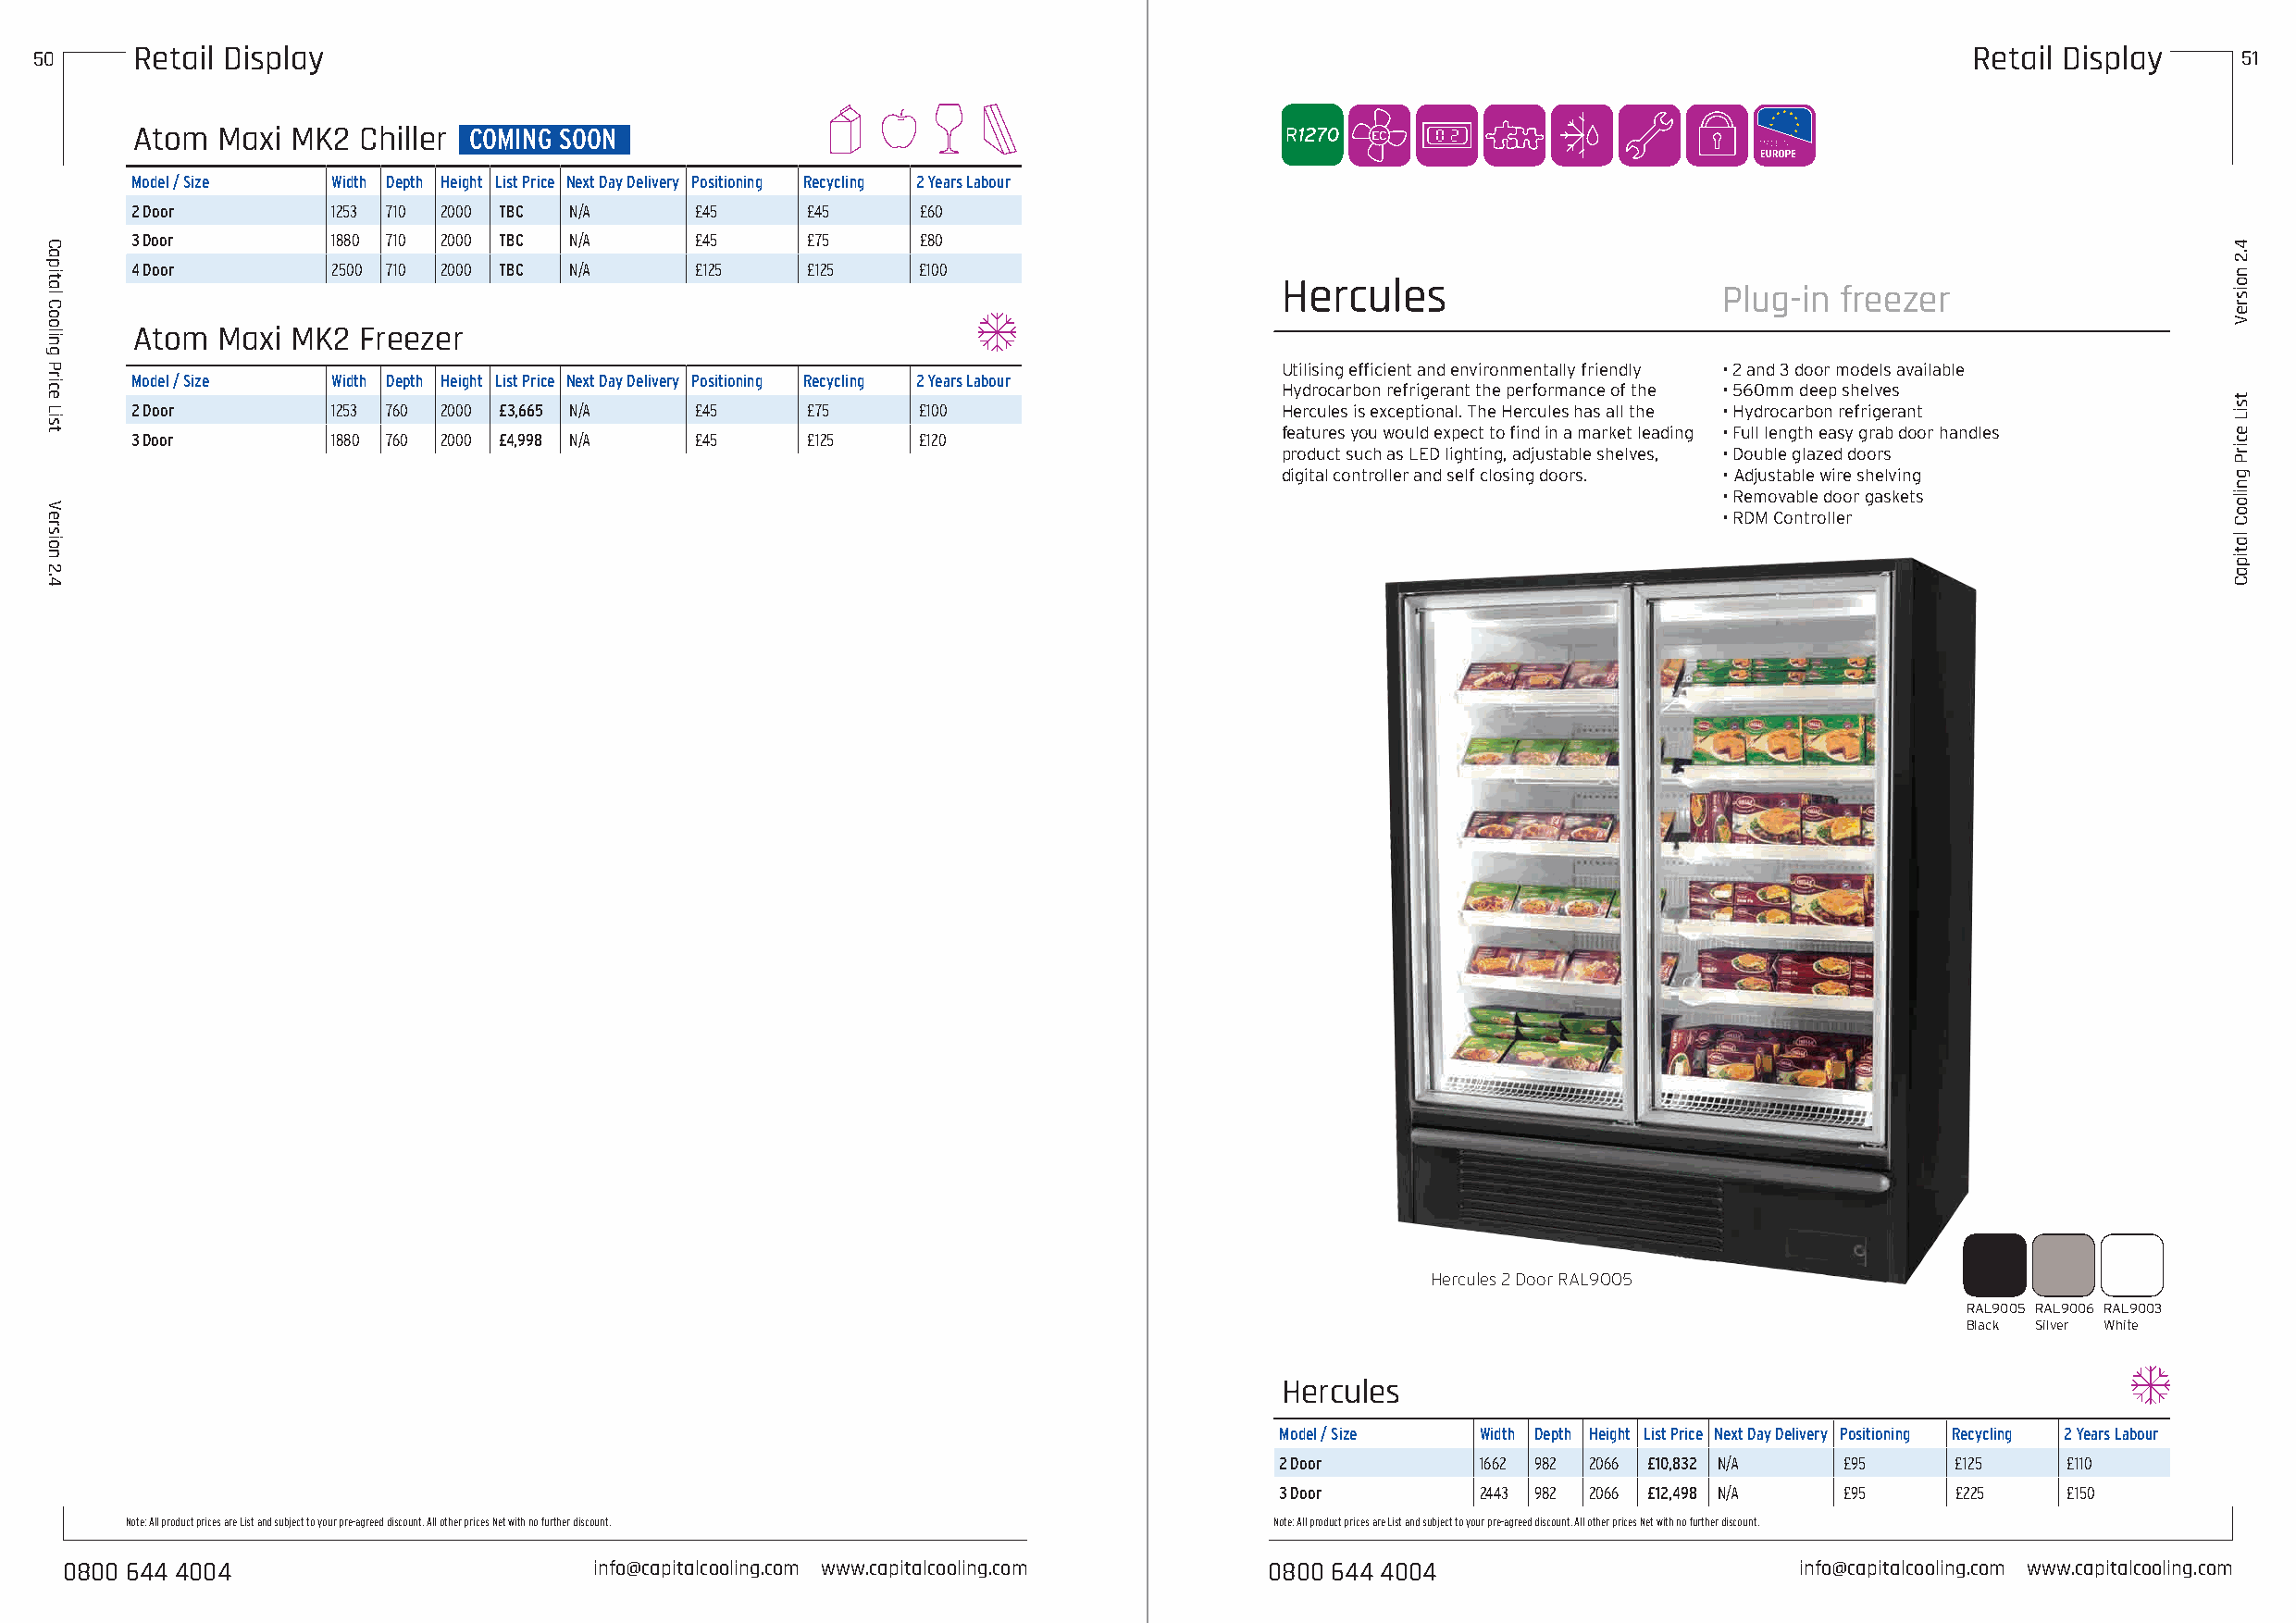
50      Retail Display                                                                                                                     Retail Display     51
 Atom  Maxi MK2  Chiller COMING SOON
 Model / Size   Width Depth Height List Price Next Day Delivery Positioning Recycling 2 Years Labour
 2 Door         1253 710 2000 TBC N/A     £45     £45     £60
 3 Door         1880 710 2000 TBC N/A     £45     £75     £80
 4 Door         2500 710 2000 TBC N/A     £125    £125    £100
 Hercules
 Plug-in  freezer
 Atom  Maxi MK2  Freezer
 Utilising efficient and environmentally friendly • 2 and 3 door models available
 Model / Size   Width Depth Height List Price Next Day Delivery Positioning Recycling 2 Years Labour
 Hydrocarbon refrigerant the performance of the • 560mm deep shelves
 2 Door         1253 760 2000 £3,665 N/A  £45     £75     £100                      Hercules is exceptional. The Hercules has all the • Hydrocarbon refrigerant
 features you would expect to find in a market leading • Full length easy grab door handles
 3 Door         1880 760 2000 £4,998 N/A  £45     £125    £120
 product such as LED lighting, adjustable shelves, • Double glazed doors
 digital controller and self closing doors. • Adjustable wire shelving
 • Removable door gaskets
 • RDM Controller
 Hercules 2 Door RAL9005
 RAL9005 RAL9006 RAL9003
 Black Silver White
 Hercules
 Model / Size  Width Depth Height List Price Next Day Delivery Positioning Recycling 2 Years Labour
 2 Door        1662 982 2066 £10,832 N/A £95     £125    £110
 3 Door        2443 982 2066 £12,498 N/A £95     £225    £150
 Note: All product prices are List and subject to your pre-agreed discount. All other prices Net with no further discount. Note: All product prices are List and subject to your pre-agreed discount. All other prices Net with no further discount.
 0800 644 4004                         info@capitalcooling.com www.capitalcooling.com   0800 644 4004                         info@capitalcooling.com www.capitalcooling.com
 Capital
 Cooling
 Price
 List
 Version
 2.4
 4.2
 noisreV
 tsiL
 ecirP
 gnilooC
 latipaC